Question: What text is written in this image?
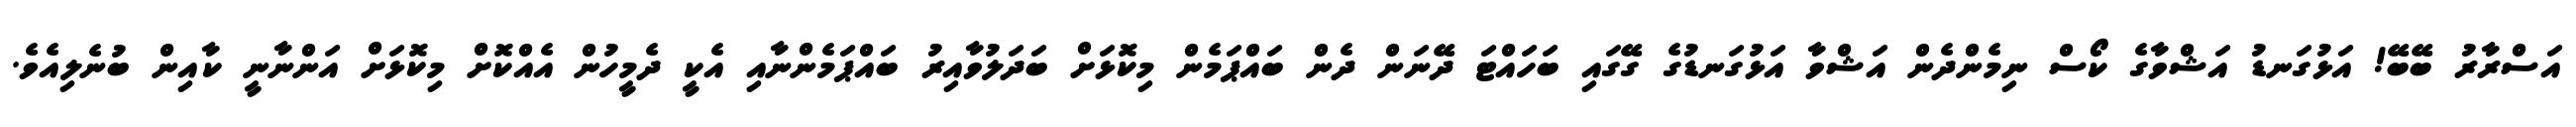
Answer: އަސްރާރު ބޭބޭ! އަޅުގަނޑު އަޝްވާގެ ކޯސް ނިމެންދެން އަޝްވާ އަޅުގަނޑުގެ ގޭގައި ބަހައްޓަ ދޭނަން ދެން ބައްޕަމެން މިކޮޅަށް ބަދަލުވާއިރު ބައްޕަމެންނާއި އެކީ ދެމީހުން އެއްކޮށް މިކޮޅަށް އަންނާނީ ކާއިން ބުނެލިއެވެ.